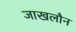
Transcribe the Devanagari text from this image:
जाखलौन